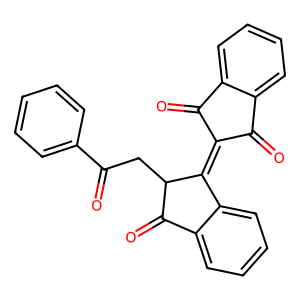
SMILES: O=C(CC1C(=O)c2ccccc2C1=C1C(=O)c2ccccc2C1=O)c1ccccc1
Inhibits HIV replication: No